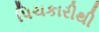
પિચકારીથી